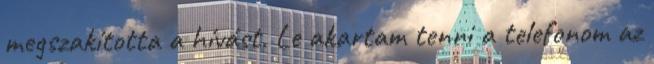
megszakította a hívást. Le akartam tenni a telefonom az